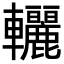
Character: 𨐀